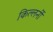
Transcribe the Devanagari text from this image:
किल्लर्नी